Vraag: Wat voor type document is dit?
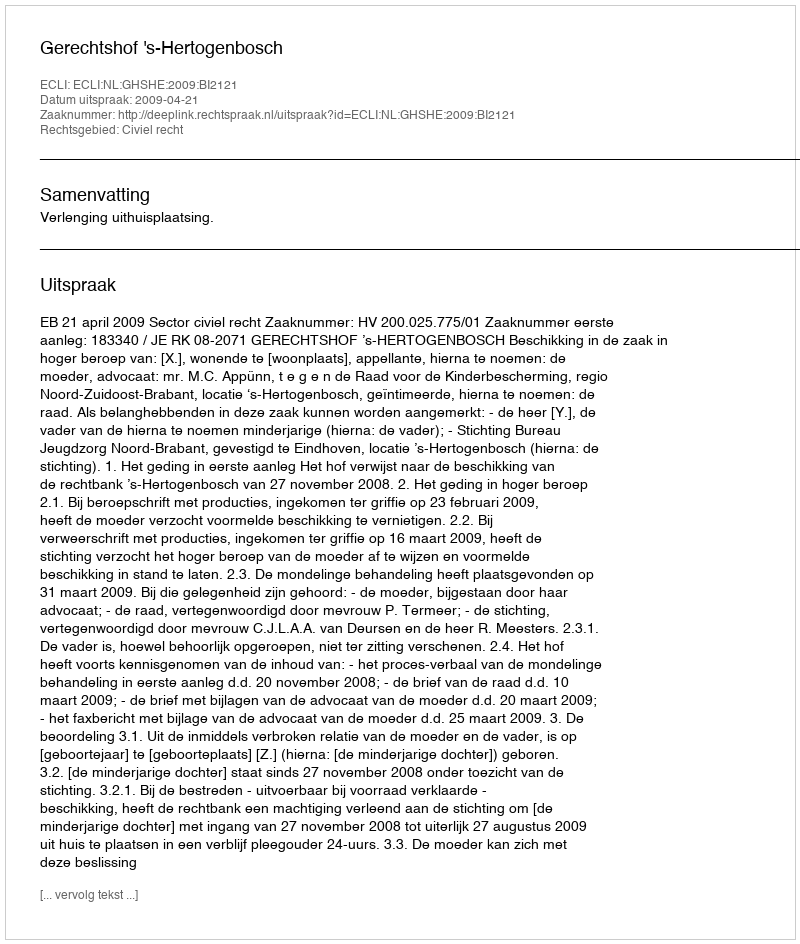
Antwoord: Uitspraak